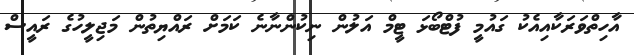
އާހިތްވަރަކާއިއެކު ގައުމީ ފުޓްބޯޅަ ޓީމް އަލުން ނިކުންނާނެ ކަމަށް ރައްޔިތުން މަޖިލީހުގެ ރައީސް